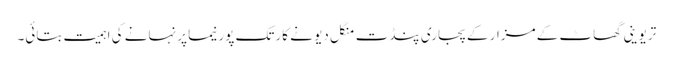
تریوینی گھاٹ کے مزار کے پجاری پنڈت منگل دیو نے کارتک پورنیما پر نہانے کی اہمیت بتائی۔